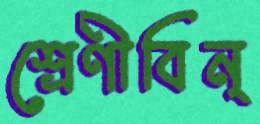
শ্রেণীবিন্